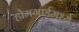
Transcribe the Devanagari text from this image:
होमगार्डमध्ये